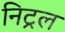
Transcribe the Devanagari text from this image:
निट्रल